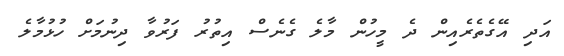
އަދި އޭގެތެރެއިން ދެ މީހުން މާލެ ގެނެސް އިތުރު ފަރުވާ ދިނުމަށް ހުޅުމާލެ